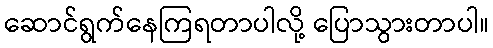
ဆောင်ရွက်နေကြရတာပါလို့ ပြောသွားတာပါ။